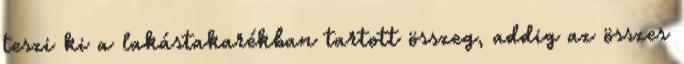
teszi ki a lakástakarékban tartott összeg, addig az összes